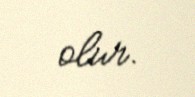
olur.